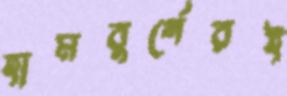
হামবুর্গেরই